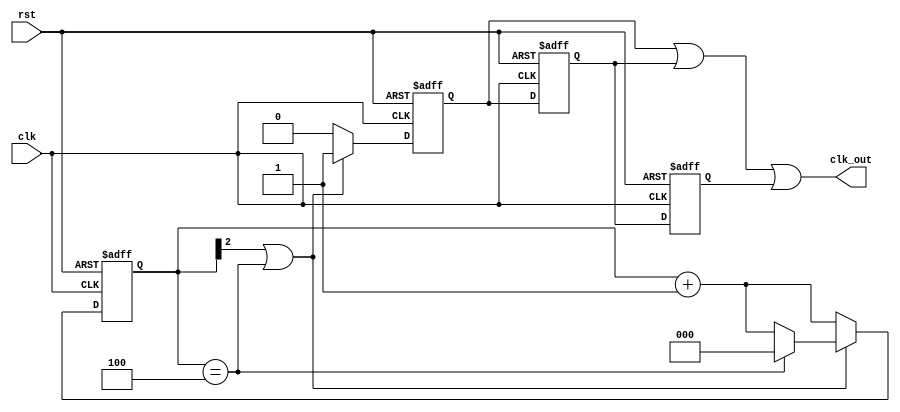
`timescale 1ns / 1ps
//////////////////////////////////////////////////////////////////////////////////
// Company: 
// Engineer: 
// 
// Design Name: 
// Module Name: clock_div
// Project Name: 
// Target Devices: 
// Tool Versions: 
// Description: 
// 
// Dependencies: 
// 
// Revision:
// Revision 0.01 - File Created
// Additional Comments:
// 
//////////////////////////////////////////////////////////////////////////////////

/*
To make any clock divider just put your mod and the number of bits of the counter
and modify the duty cycle by observing the MSB from the truth table
 * if you need to make a half clock cycle delay use Q_intermadiate3 if you don't need it remove it from the code
 * if you need to make a one clock cycle delay use Q_intermadiate2 if you don't need it remove it from the code
 * if you won't use the duty cycle cct your output will be Q_intermediate1
*/

module clock_div #(parameter modN = 5, parameter n = 3)(  // n for counter bits
    input clk,
    input rst,
    output clk_out
    );

reg [n-1:0] count;
reg Q_intermadiate1;
reg Q_intermadiate2;
reg Q_intermadiate3;

always @(posedge clk or negedge rst)
    begin
        if(!rst)
            begin
                count           <= 3'd0;                           //
                Q_intermadiate1 <= 1'b0;  
            end
        else 
            begin
                if(count[n-1] == 1'b1 || count == modN-1) // this condition will be modified when changing the modN, write the truth table for the counter and alwyas take the MSB
                    begin
                        if(count == modN-1)
                            count <= 3'd0;             //
                        else 
                            count <= count + 1'b1;
                        Q_intermadiate1 <= 1'b1;
                    end
                else begin
                    count           <= count + 1'b1;
                    Q_intermadiate1 <= 1'b0;
                    end
            end
    end
//////////////////////////////////////////////////////////////////////////////////////////////////////////////
//////////////////////////////////// to make the duty cycle = 50 % ///////////////////////////////////////////
/////////////////////////////////////////////////////////////////////////////////////////////////////////////

///////////////////////////////////////////
//////// Delay by one clock cycle /////////
///////////////////////////////////////////
always @(posedge clk or negedge rst)
    begin
        if(!rst)
            Q_intermadiate2 <= 1'b0;
        else    
            Q_intermadiate2 <= Q_intermadiate1;
    end
////////////////////////////////////////////
//////// Delay by half clock cycle /////////
////////////////////////////////////////////
always @(negedge clk or negedge rst)
    begin
        if(!rst)
            Q_intermadiate3 <= 1'b0;
        else    
            Q_intermadiate3 <= Q_intermadiate2;
    end
 assign clk_out = Q_intermadiate1 | Q_intermadiate2 | Q_intermadiate3;
endmodule